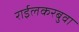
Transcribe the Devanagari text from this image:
राईलकरबुवा